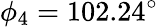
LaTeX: \phi_{4}=102.24^{\circ}